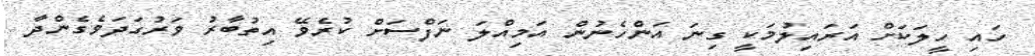
ހައި ހީލަކަށް އަރައިލުމަކީ ގިނަ އަންހެނުން އަމިއްލަ ނަފްސަށް ކުރެވޭ އިތުބާރު ވަރުގަދަވެގެންދާ